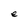
Character: e